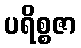
ပရိစ္စဇာ